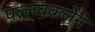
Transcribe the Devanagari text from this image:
पल्लवकलेने